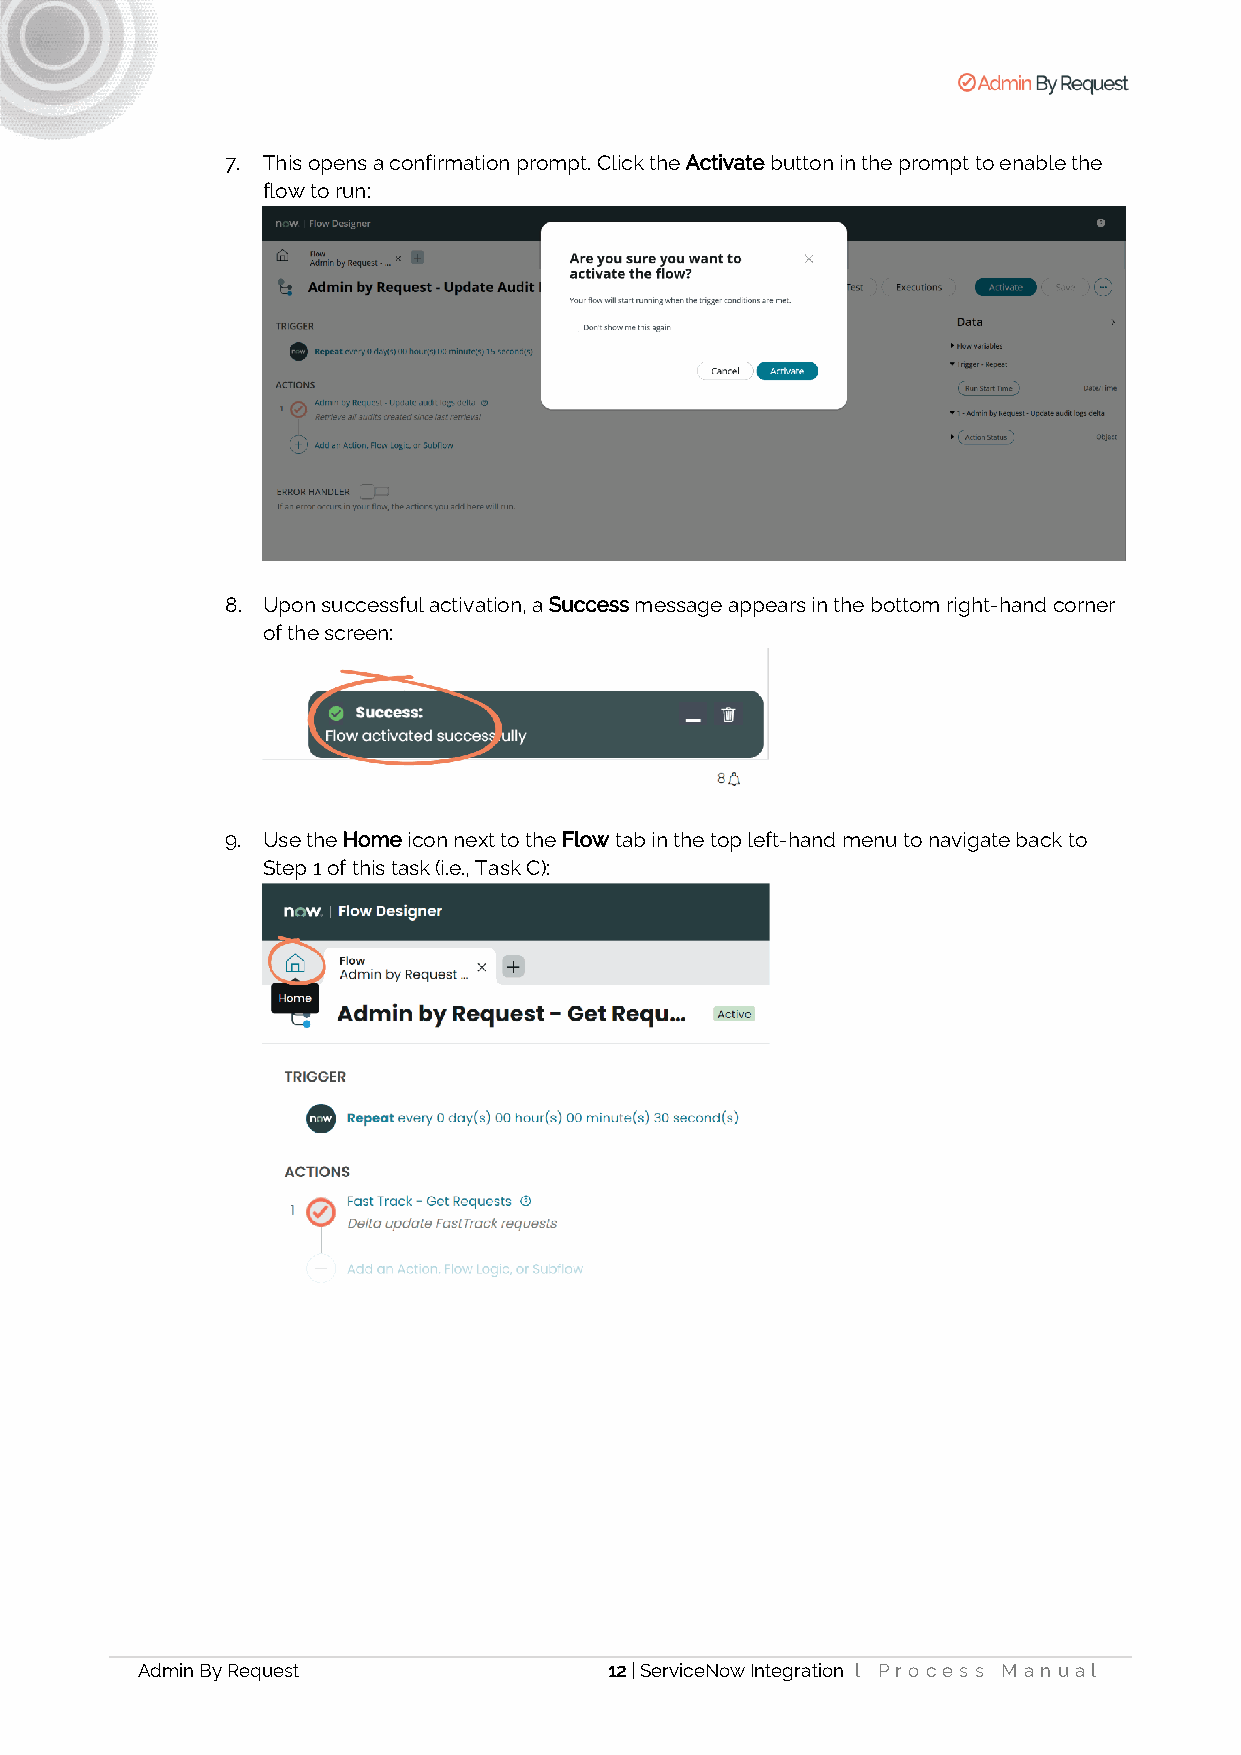
7. This opens a confirmation prompt. Click the Activate button in the prompt to enable the
 flow to run:
 8. Upon successful activation, a Success message appears in the bottom right-hand corner
 of the screen:
 9. Use the Home icon next to the Flow tab in the top left-hand menu to navigate back to
 Step 1 of this task (i.e., Task C):
 Admin By Request               12 | ServiceNow Integration l Pr oces s M a nua l